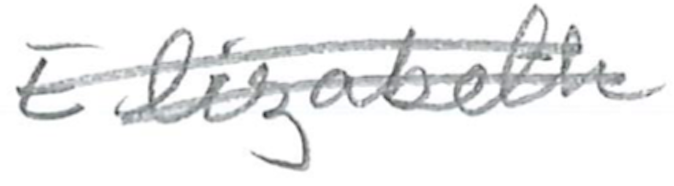
Text: Elizabeth
Cross-out: double-line
Writing tool: pencil